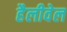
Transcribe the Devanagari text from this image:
हैलीवेल